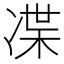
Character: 𠗨